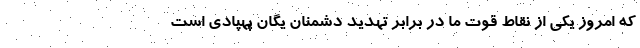
که امروز یکی از نقاط قوت ما در برابر تهدید دشمنان یگان پهپادی است